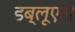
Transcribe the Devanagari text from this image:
डब्लूएल